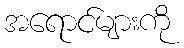
အရောင်များကို